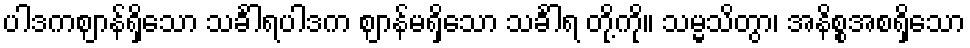
ပါဒကဈာန်ရှိသော သင်္ခါရပါဒက ဈာန်မရှိသော သင်္ခါရ တို့ကို။ သမ္မသိတွာ၊ အနိစ္စအစရှိသော